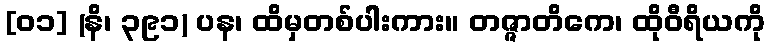
[၀၁] (နိ၊ ၃၉၁) ပန၊ ထိမှတစ်ပါးကား။ တဇ္ဇာတိကေ၊ ထိုဝီရိယကို